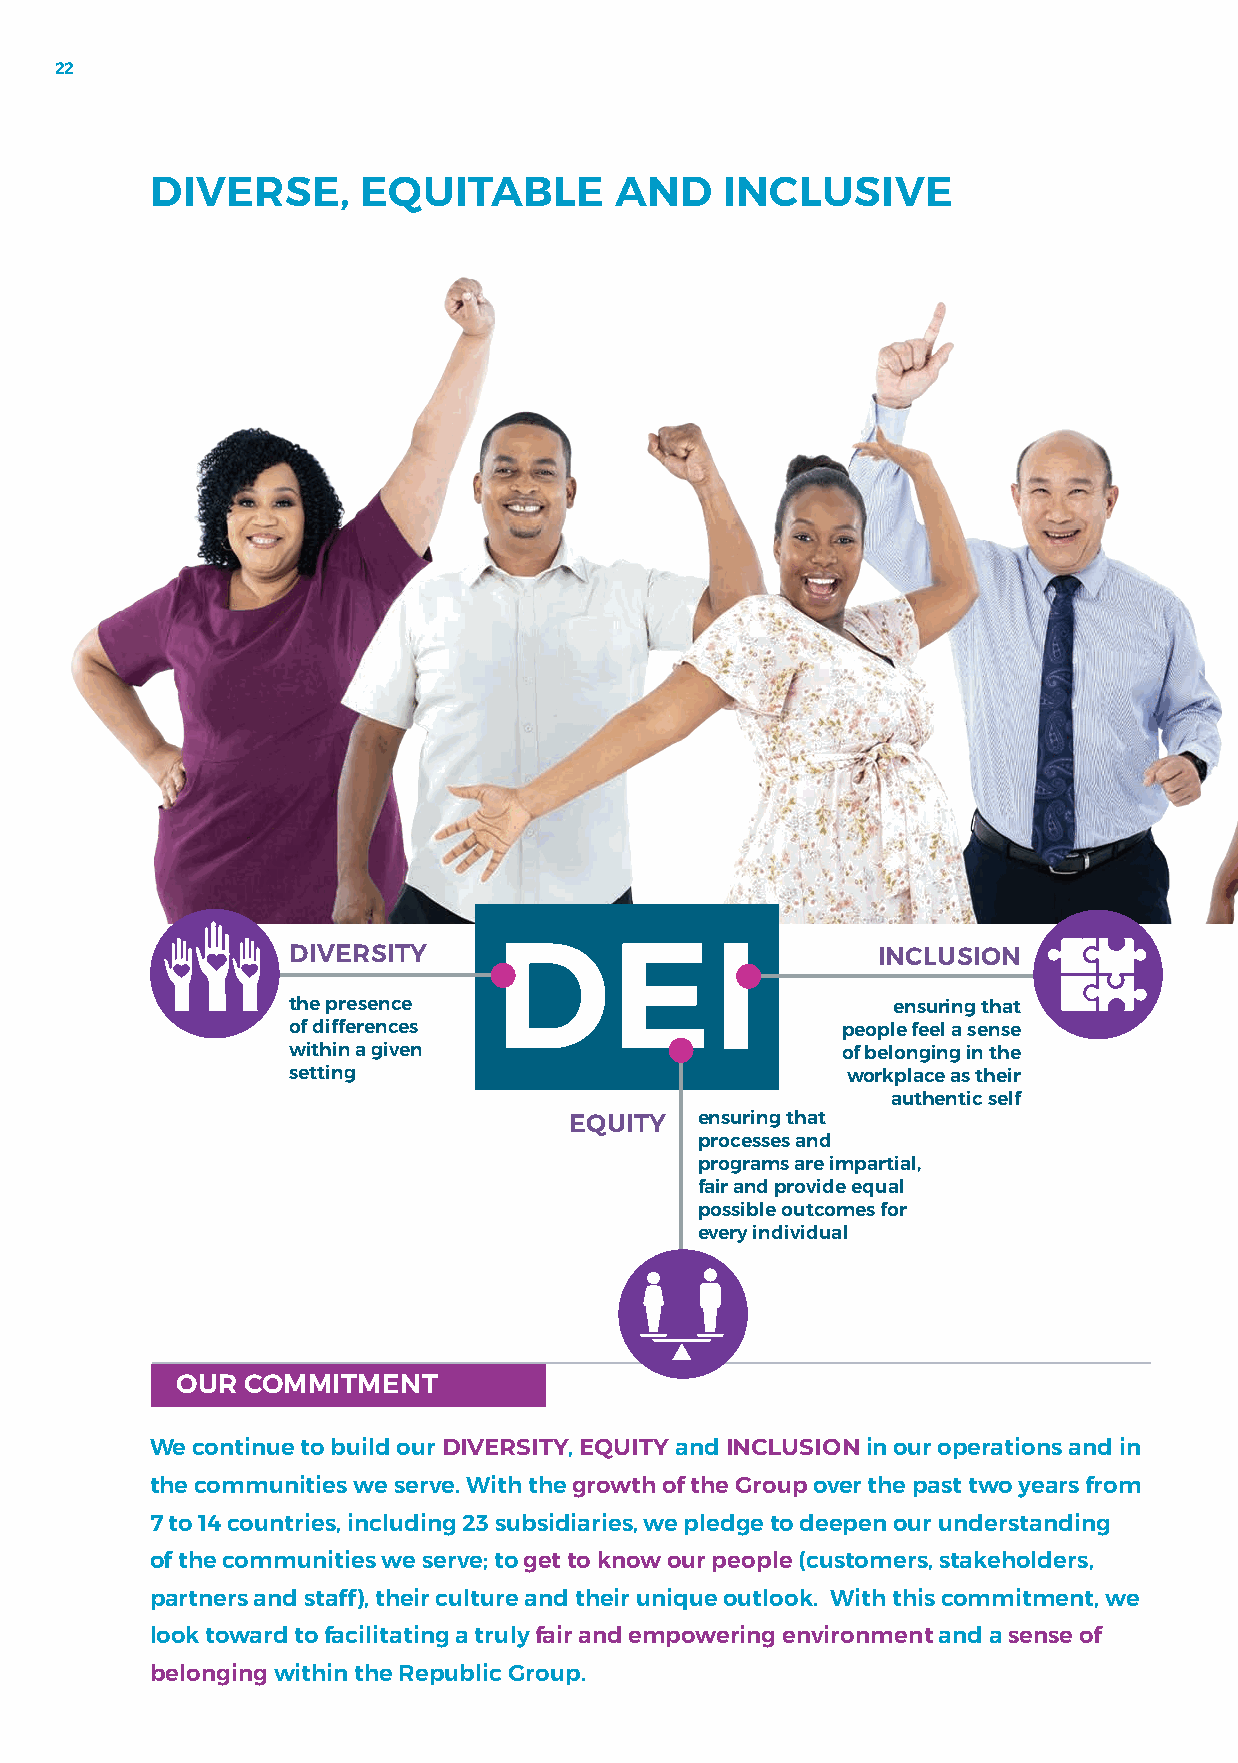
22
 DIVERSE,      EQUITABLE        AND    INCLUSIVE
 DIVERSITY     DEI                      INCLUSION
 the presence                            ensuring that
 of differences                       people feel a sense
 within a given                       of belonging in the
 setting                              workplace as their
 authentic self
 EQUITY  ensuring that
 processes and
 programs are impartial,
 fair and provide equal
 possible outcomes for
 every individual
 OUR COMMITMENT
 We continue to build our DIVERSITY, EQUITY and INCLUSION in our operations and in
 the communities we serve. With the growth of the Group over the past two years from
 7 to 14 countries, including 23 subsidiaries, we pledge to deepen our understanding
 of the communities we serve; to get to know our people (customers, stakeholders,
 partners and staff), their culture and their unique outlook. With this commitment, we
 look toward to facilitating a truly fair and empowering environment and a sense of
 belonging within the Republic Group.